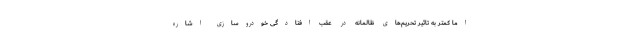
اما کمتر به تاثیر تحریم‌های ظالمانه در عقب افتادگی خودروسازی اشاره